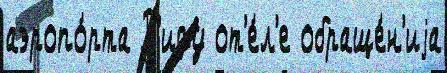
аэропо́рта Р'иду от'е́л'е обраще́н'иjа